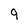
Character: 9